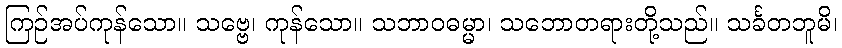
ကြဉ်အပ်ကုန်သော။ သဗ္ဗေ၊ ကုန်သော။ သဘာဝဓမ္မာ၊ သဘောတရားတို့သည်။ သင်္ခတဘူမိ၊